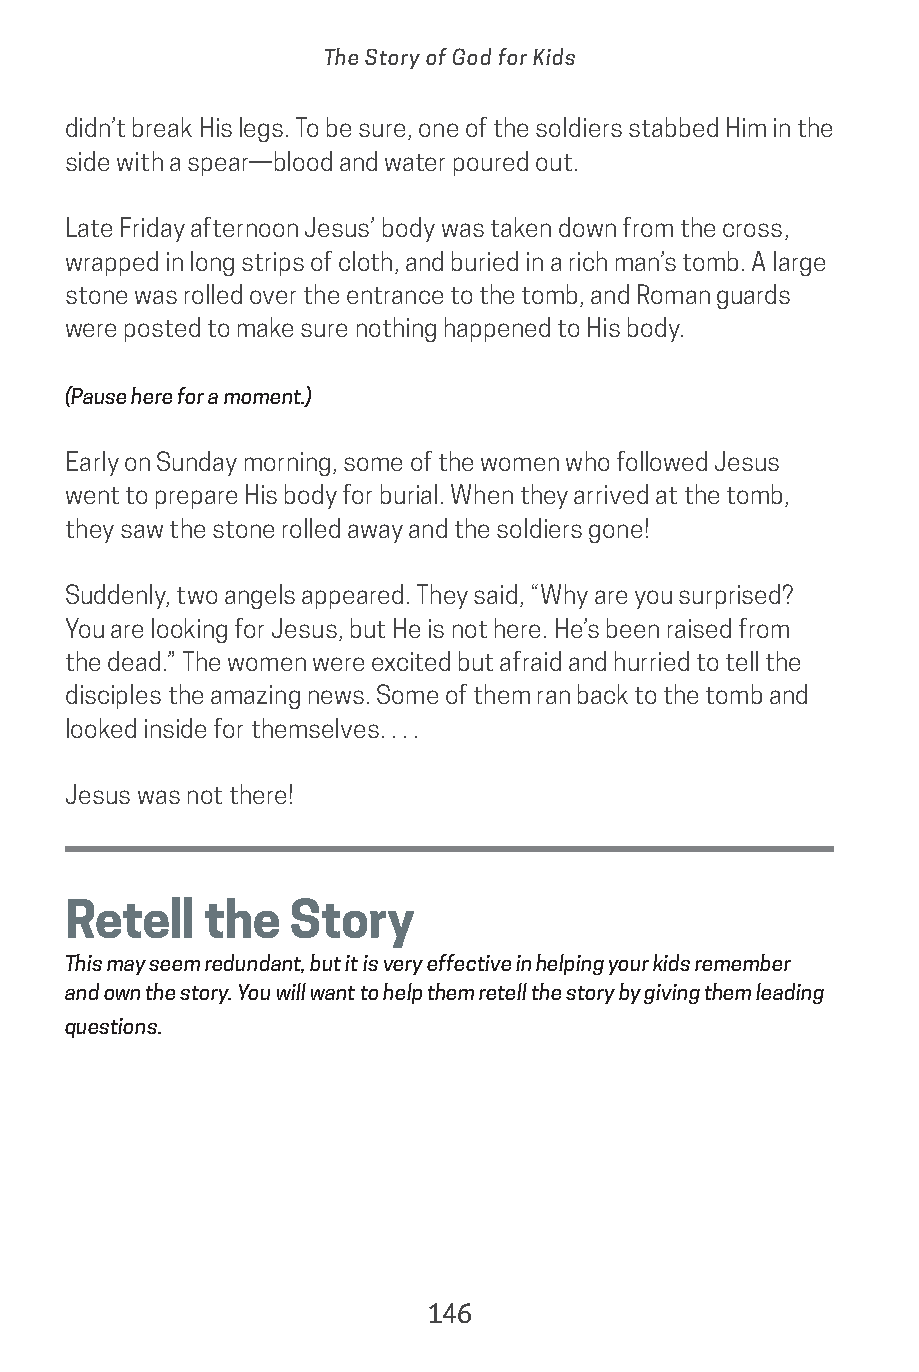
The Story of God for Kids
 didn’t break His legs. To be sure, one of the soldiers stabbed Him in the
 side with a spear—blood and water poured out.
 Late Friday afternoon Jesus’ body was taken down from the cross,
 wrapped in long strips of cloth, and buried in a rich man’s tomb. A large
 stone was rolled over the entrance to the tomb, and Roman guards
 were posted to make sure nothing happened to His body.
 (Pause here for a moment.)
 Early on Sunday morning, some of the women who followed Jesus
 went to prepare His body for burial. When they arrived at the tomb,
 they saw the stone rolled away and the soldiers gone!
 Suddenly, two angels appeared. They said, “Why are you surprised?
 You are looking for Jesus, but He is not here. He’s been raised from
 the dead.” The women were excited but afraid and hurried to tell the
 disciples the amazing news. Some of them ran back to the tomb and
 looked inside for themselves. . . .
 Jesus was not there!
 Retell   the   Story
 This may seem redundant, but it is very effective in helping your kids remember
 and own the story. You will want to help them retell the story by giving them leading
 questions.
 146
 saturate-story_of_god_kids-2.indd 146             8/10/17 10:11 PM